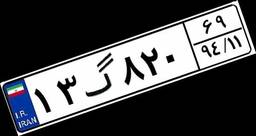
۱۳گ۸۲۰۶۹